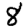
Digit: 8